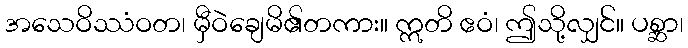
အသေဝိဿံဝတ၊ မှီဝဲချေမိ၏တကား။ ဣတိ ဧဝံ၊ ဤသို့လျှင်။ ပစ္ဆာ၊